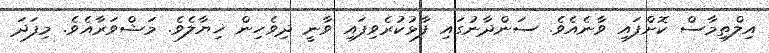
އިލްތިމާސް ކޮށްފައި ވާނެއެވެ. ސަންދާނުގައި ފާޅުކުރެވިފައި ވާނީ ދިވެހިން ޚިޔާލެވެ. މަޝްވަރާއެވެ. މިފަދަ